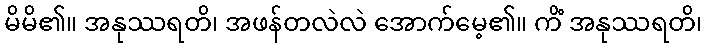
မိမိ၏။ အနုဿရတိ၊ အဖန်တလဲလဲ အောက်မေ့၏။ ကိံ အနုဿရတိ၊